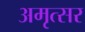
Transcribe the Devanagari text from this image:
अमृत्सर